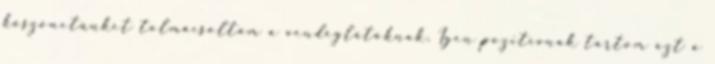
köszönetünket tolmácsoltam a vendéglátóknak. Igen pozitívnak tartom azt a